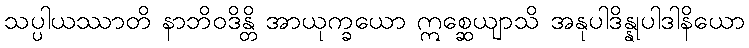
သပ္ပါယဿာတိ နာဘိဝဒိန္တိ အာယုက္ခယော ဣစ္ဆေယျာသိ အနုပါဒိန္နုပါဒါနိယော